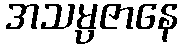
အသမ္ပဇာနေ